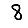
Digit: 8